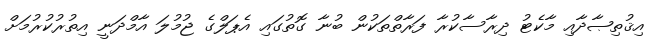
އިޤުތިޞާދާއި މާކެޓު ދިރާސާކުރާ ފަރާތްތަކުން ބުނާ ގޮތުގައި އެޕަލްގެ ޖުމުލަ އާމްދަނީ އިތުރުކުރުމަށް